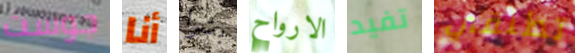
جوست أنا بشرا الارواح تفيد تطلقي